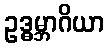
ဥဒ္ဓမ္ဘာဂိယာ